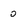
Character: O